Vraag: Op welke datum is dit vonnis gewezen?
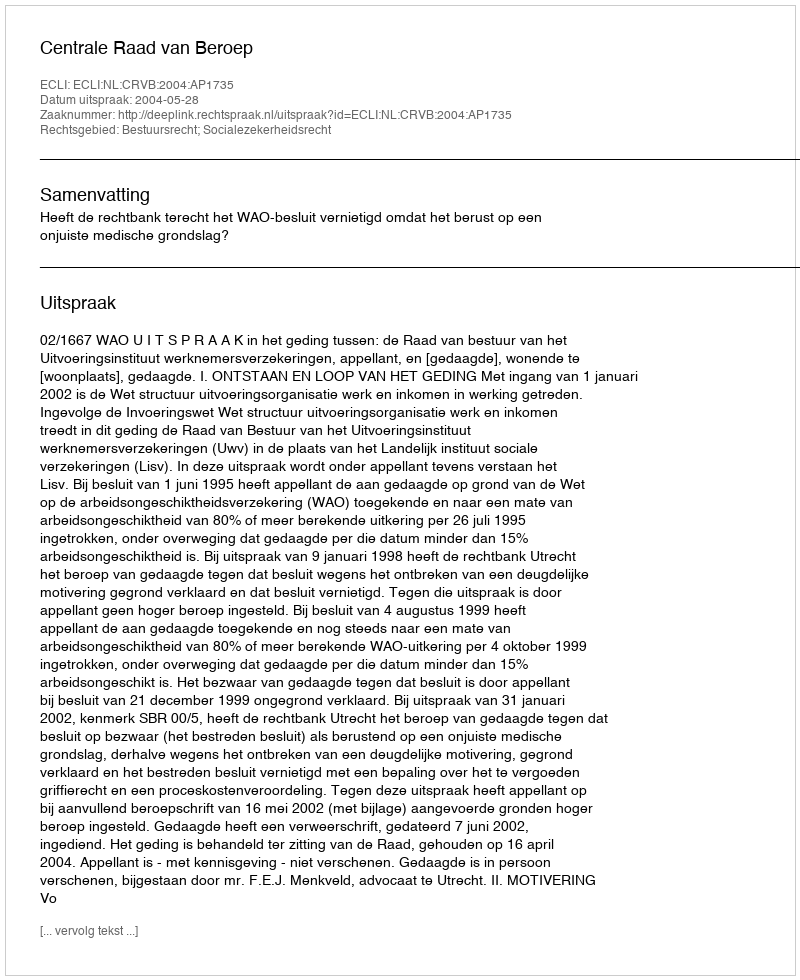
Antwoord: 2004-05-28